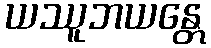
ယဿူဘယန္တေ